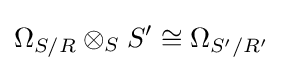
\Omega _{S/R}\otimes _{S}S'\cong \Omega _{S'/R'}